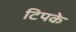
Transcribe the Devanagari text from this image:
टिपके